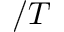
/ T